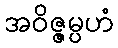
အဝိဇ္ဇမ္ပဟံ